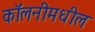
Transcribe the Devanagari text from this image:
कॉलनीमधील